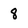
Character: 8